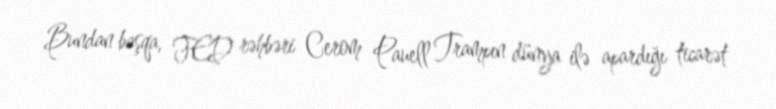
Bundan başqa, FED rəhbəri Cerom Pauell Trampın dünya ilə apardığı ticarət